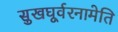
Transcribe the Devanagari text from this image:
सुखघूर्वरनामेति